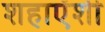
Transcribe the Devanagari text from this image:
शहाऐंशी